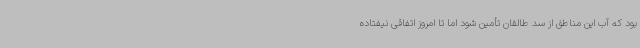
بود که آب این مناطق از سد طالقان تأمین شود اما تا امروز اتفاقی نیفتاده